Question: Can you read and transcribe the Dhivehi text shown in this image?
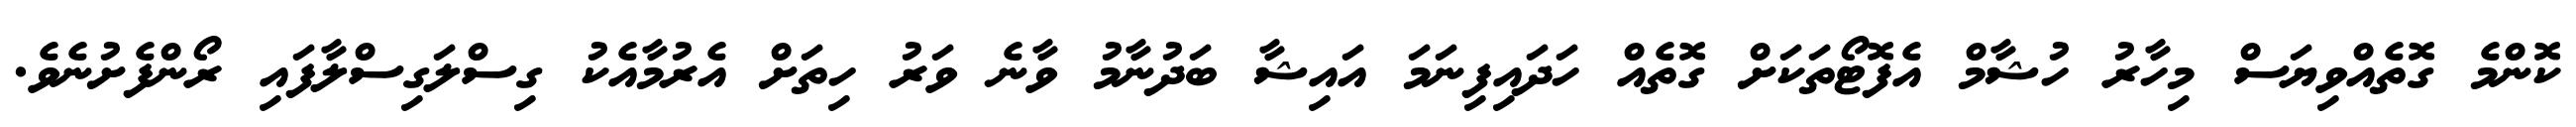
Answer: ކޮންމެ ގޮތެއްވިޔަސް މިހާރު ހުޝާމް އެފޮޓޯތަކަށް ގޮތެއް ހަދައިފިނަމަ އައިޝާ ބަދުނާމު ވާނެ ވަރު ހިތަށް އެރުމާއެކު ގިސްލަގިސްލާފައި ރޯންފެށުނެވެ.